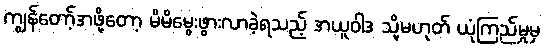
ကျွန်တော့်အဖို့တော့ မိမိမွေးဖွားလာခဲ့ရသည့် အယူဝါဒ သို့မဟုတ် ယုံကြည်မှုမှ